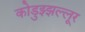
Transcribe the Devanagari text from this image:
कोडुझ्झल्लूर